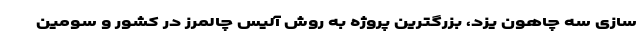
سازی سه چاهون یزد، بزرگترین پروژه به روش آلیس چالمرز در کشور و سومین